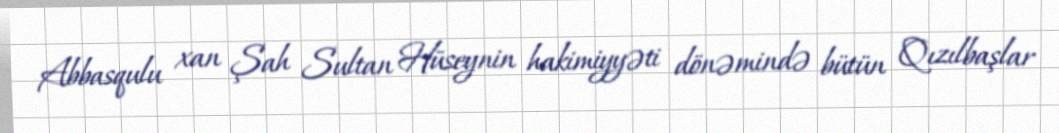
Abbasqulu xan Şah Sultan Hüseynin hakimiyyəti dönəmində bütün Qızılbaşlar